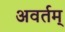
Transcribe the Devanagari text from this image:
अवर्तम्